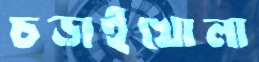
চড়াইখোলা